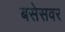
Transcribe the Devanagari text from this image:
बसेसवर